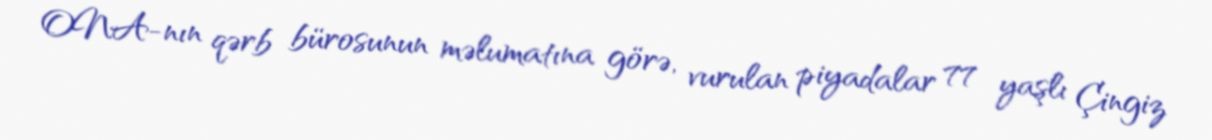
ONA-nın qərb bürosunun məlumatına görə, vurulan piyadalar 77 yaşlı Çingiz